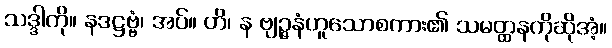
သဒ္ဒါကို။ နဒဋ္ဌဗ္ဗံ၊ အပ်။ ဟိ၊ န ဗျဉ္ဇနံဟူသောစကား၏ သမတ္ထနကိုဆိုအံ့။